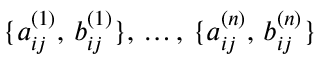
\{ a _ { i j } ^ { ( 1 ) } , \, b _ { i j } ^ { ( 1 ) } \} , \, \dots , \, \{ a _ { i j } ^ { ( n ) } , \, b _ { i j } ^ { ( n ) } \}